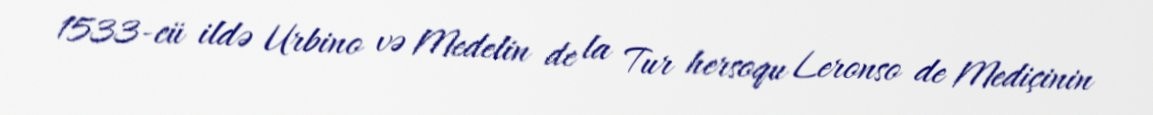
1533-cü ildə Urbino və Medelin de la Tur hersoqu Leronso de Mediçinin